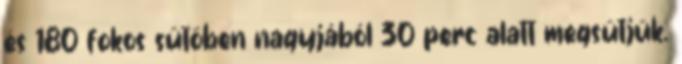
és 180 fokos sütőben nagyjából 30 perc alatt megsütjük.